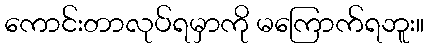
ကောင်းတာလုပ်ရမှာကို မကြောက်ရဘူး။